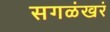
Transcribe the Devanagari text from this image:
सगळंखरं